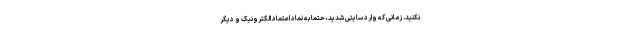
نکنید. زمانی که وارد سایتی شدید، حتما به نماد اعتماد الکترونیک و دیگر